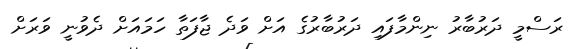
ރަސްމީ ދަރުބާރު ނިންމާފައި ދަރުބާރުގެ އަށް ވަދެ ޖާފަތާ ހަމައަށް ދެވުނީ ވަރަށް